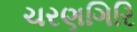
ચરણગિરિ